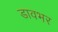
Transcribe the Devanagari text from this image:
डावभर